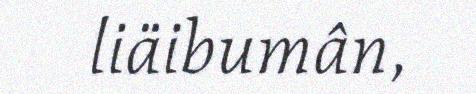
liäibumân,